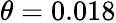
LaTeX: \theta=0.018